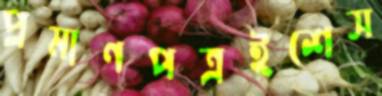
প্রমাণপত্রইশেস